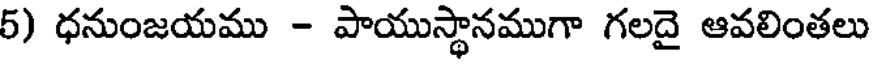
5) ధనుంజయము - పాయుస్థానముగా గలదై ఆవలింతలు